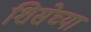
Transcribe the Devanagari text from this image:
शिसेच्या